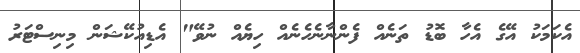
އެކަމަކު އޭގެ އެހާ ބޮޑު ތަނެއް ފެންނާނެހެނެއް ހިޔެއް ނުވޭ" އެޑިއުކޭޝަން މިނިސްޓަރު